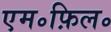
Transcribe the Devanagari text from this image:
एम॰फ़िल॰